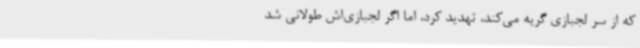
که از سر لجبازی گریه می‌کند، تهدید کرد، اما اگر لجبازی‌اش طولانی شد